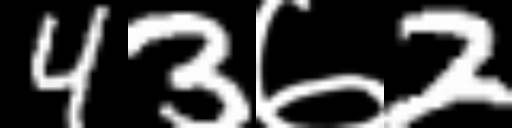
Text: 43७2